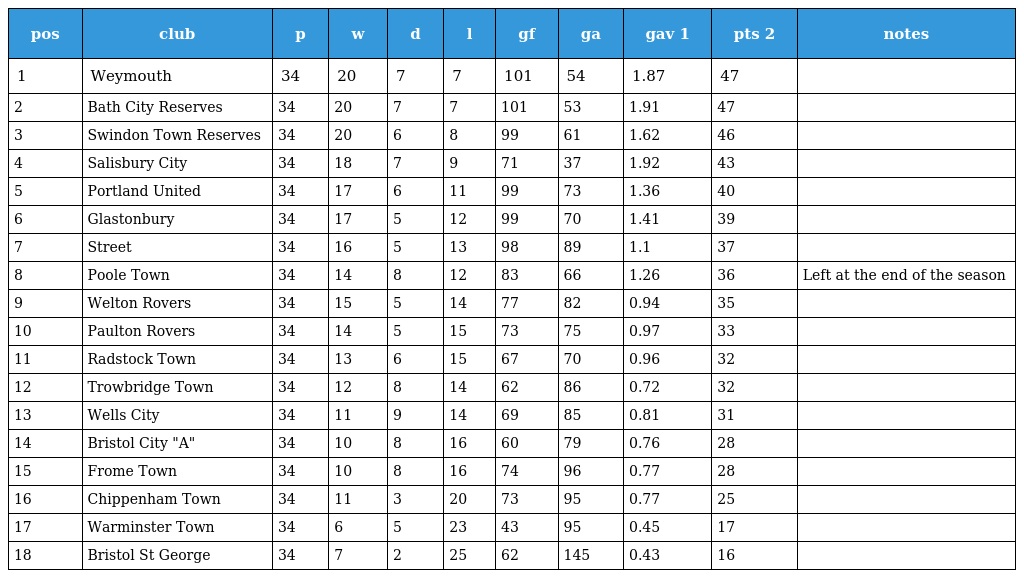
| pos | club | p | w | d | l | gf | ga | gav 1 | pts 2 | notes |
 | --- | --- | --- | --- | --- | --- | --- | --- | --- | --- | --- |
 | 1 | Weymouth | 34 | 20 | 7 | 7 | 101 | 54 | 1.87 | 47 |  |
 | 2 | Bath City Reserves | 34 | 20 | 7 | 7 | 101 | 53 | 1.91 | 47 |  |
 | 3 | Swindon Town Reserves | 34 | 20 | 6 | 8 | 99 | 61 | 1.62 | 46 |  |
 | 4 | Salisbury City | 34 | 18 | 7 | 9 | 71 | 37 | 1.92 | 43 |  |
 | 5 | Portland United | 34 | 17 | 6 | 11 | 99 | 73 | 1.36 | 40 |  |
 | 6 | Glastonbury | 34 | 17 | 5 | 12 | 99 | 70 | 1.41 | 39 |  |
 | 7 | Street | 34 | 16 | 5 | 13 | 98 | 89 | 1.1 | 37 |  |
 | 8 | Poole Town | 34 | 14 | 8 | 12 | 83 | 66 | 1.26 | 36 | Left at the end of the season |
 | 9 | Welton Rovers | 34 | 15 | 5 | 14 | 77 | 82 | 0.94 | 35 |  |
 | 10 | Paulton Rovers | 34 | 14 | 5 | 15 | 73 | 75 | 0.97 | 33 |  |
 | 11 | Radstock Town | 34 | 13 | 6 | 15 | 67 | 70 | 0.96 | 32 |  |
 | 12 | Trowbridge Town | 34 | 12 | 8 | 14 | 62 | 86 | 0.72 | 32 |  |
 | 13 | Wells City | 34 | 11 | 9 | 14 | 69 | 85 | 0.81 | 31 |  |
 | 14 | Bristol City "A" | 34 | 10 | 8 | 16 | 60 | 79 | 0.76 | 28 |  |
 | 15 | Frome Town | 34 | 10 | 8 | 16 | 74 | 96 | 0.77 | 28 |  |
 | 16 | Chippenham Town | 34 | 11 | 3 | 20 | 73 | 95 | 0.77 | 25 |  |
 | 17 | Warminster Town | 34 | 6 | 5 | 23 | 43 | 95 | 0.45 | 17 |  |
 | 18 | Bristol St George | 34 | 7 | 2 | 25 | 62 | 145 | 0.43 | 16 |  |